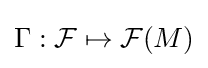
\Gamma :{\mathcal {F}}\mapsto {\mathcal {F}}(M)